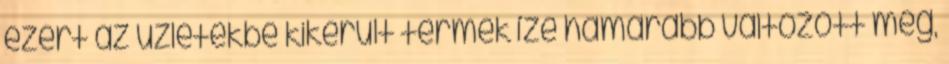
ezért az üzletekbe kikerült termék íze hamarabb változott meg,